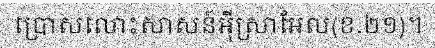
ប្រោសលោះសាសន៍អ៊ីស្រាអែល(ខ.២១)។